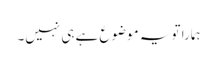
ہمارا تو یہ موضوع ہے ہی نہیں۔